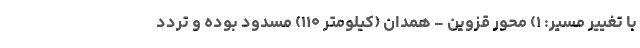
با تغییر مسیر: ۱) محور قزوین - همدان (کیلومتر ۱۱۰) مسدود بوده و تردد